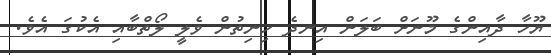
ޔޫހާ ދާއިންގެ މޫނަށް ބަލަން އިނދެ ހިނިތުން ވެލީ ލޯތްބާއި އެކުގަ އެވެ.